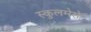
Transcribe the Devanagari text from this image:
स्कुलमेसे